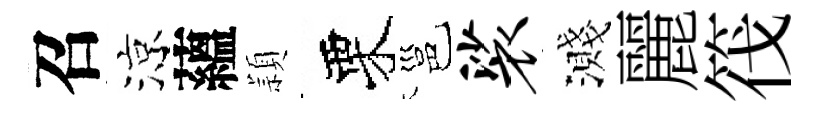
召涼蘊頴栗邕裟濺麗筏